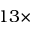
1 3 \times